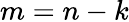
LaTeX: m=n-k